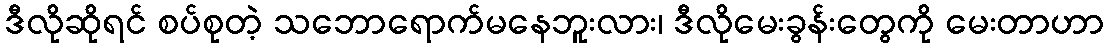
ဒီလိုဆိုရင် စပ်စုတဲ့ သဘောရောက်မနေဘူးလား၊ ဒီလိုမေးခွန်းတွေကို မေးတာဟာ